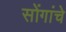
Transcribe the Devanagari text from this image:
सोंगांचे